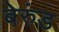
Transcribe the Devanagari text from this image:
बेरुंड